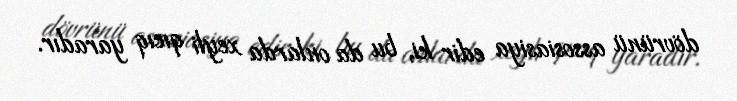
dövrünü assosiasiya edir ki, bu da onlarda xeyli qıcıq yaradır.